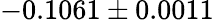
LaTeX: -0.1061\pm 0.0011